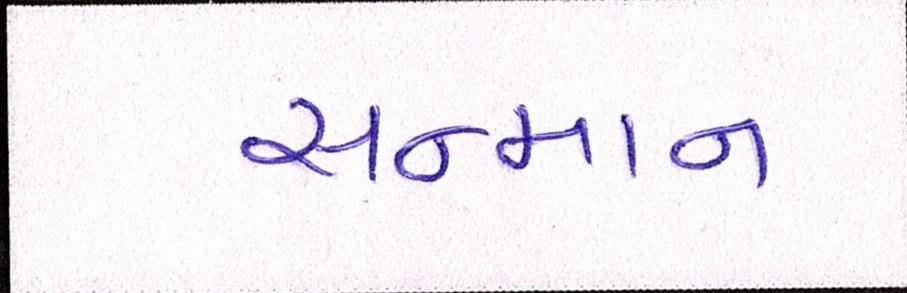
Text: સન્માન